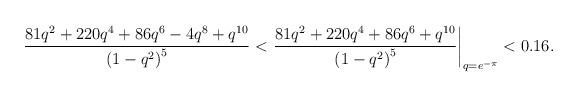
LaTeX: \begin{align*}\frac{81 q^2 +220 q^4 + 86 q^6 - 4 q^8 + q^{10}}{\left(1 - q^ 2 \right)^5} < \left. \frac{81 q^2 +220 q^4 + 86 q^6 + q^{10}}{\left(1 - q^ 2 \right)^5} \right|_{q = e^{-\pi}} < 0.16.\end{align*}